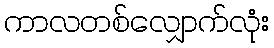
ကာလတစ်လျှောက်လုံး